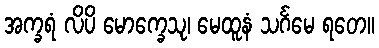
အက္ခရံ လိပိ မောက္ခေသု၊ မေထူနံ သင်္ဂမေ ရတေ။